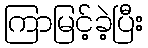
ကြာမြင့်ခဲ့ပြီး